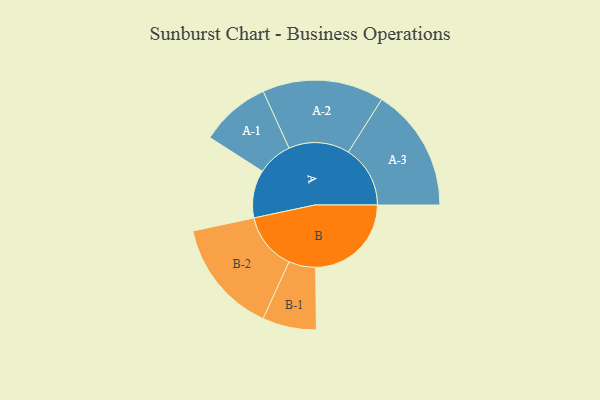
{"axis": {"x": "Segment", "y": "Value"}, "legend": ["", "A", "B"], "data": [{"x": "A", "y": 188, "type": ""}, {"x": "B", "y": 376, "type": ""}, {"x": "A-1", "y": 138, "type": "A"}, {"x": "A-2", "y": 239, "type": "A"}, {"x": "A-3", "y": 243, "type": "A"}, {"x": "B-1", "y": 106, "type": "B"}, {"x": "B-2", "y": 225, "type": "B"}]}